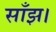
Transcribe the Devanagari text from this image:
साँझ।